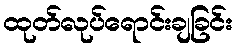
ထုတ်လုပ်ရောင်းချခြင်း